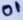
Text: 01